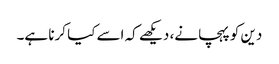
دین کو پہچانے، دیکھے کہ اسے کیا کرنا ہے۔